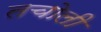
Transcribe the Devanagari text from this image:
तचोली